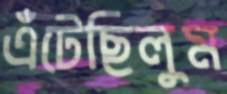
এঁটেছিলুম